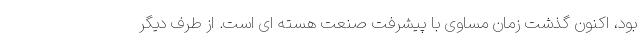
بود، اکنون گذشت زمان مساوی با پیشرفت صنعت هسته ای است. از طرف دیگر